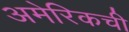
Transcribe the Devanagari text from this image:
अमेरिकची